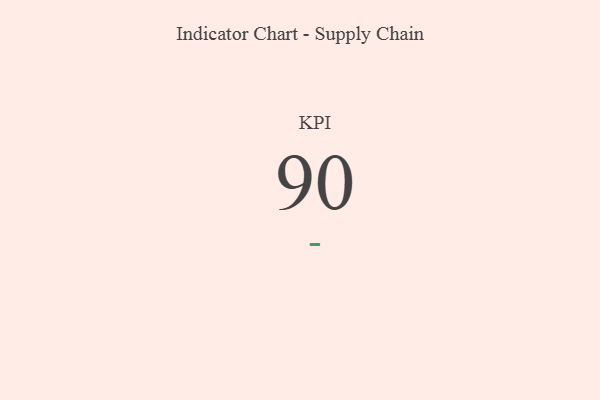
{"axis": {"x": "KPI", "y": "Value"}, "legend": [""], "data": [{"x": "KPI", "y": 90, "type": ""}]}